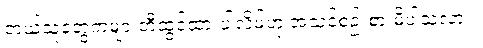
ဘယ်သူတွေကများတီထွင်ထားပါလိမ့်ဟု အသင်စဉ်းစားမိပါသလား။